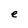
Character: e